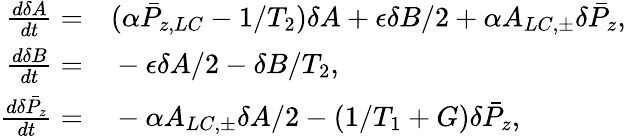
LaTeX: \begin{array}{rl}{\frac{d\delta A}{dt}=}&{{}(\alpha\bar{P}_{z,LC}-1/T_{2})\delta A+\epsilon\delta B/2+\alpha A_{LC,\pm}\delta\bar{P}_{z},}\\ {\frac{d\delta B}{dt}=}&{{}-\epsilon\delta A/2-\delta B/T_{2},}\\ {\frac{d\delta\bar{P}_{z}}{dt}=}&{{}-\alpha A_{LC,\pm}\delta A/2-(1/T_{1}+G)\delta\bar{P}_{z},}\end{array}